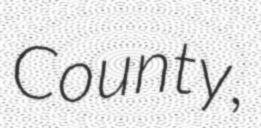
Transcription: County,